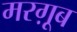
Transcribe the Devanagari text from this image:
मरग़ूूब